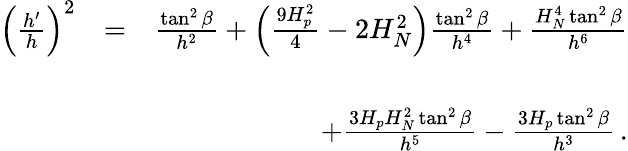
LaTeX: \begin{array}{rlr}{\left(\frac{h^{\prime}}{h}\right)^{2}}&{=}&{\frac{\tan^{2}\beta}{h^{2}}+\left(\frac{9H_{p}^{2}}{4}-2H_{N}^{2}\right)\frac{\tan^{2}\beta}{h^{4}}+\frac{H_{N}^{4}\tan^{2}\beta}{h^{6}}}\\ &{}&\\ &{\, }&{+\frac{3H_{p}H_{N}^{2}\tan^{2}\beta}{h^{5}}-\frac{3H_{p}\tan^{2}\beta}{h^{3}}\, .}\end{array}